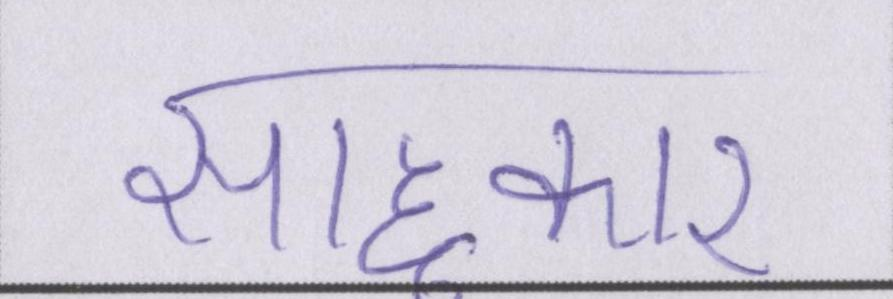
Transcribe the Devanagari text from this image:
साहूकार